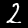
Label: 2